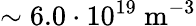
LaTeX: \sim 6.0\cdot 10^{19}~\mathrm{m}^{-3}